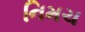
નિમચ